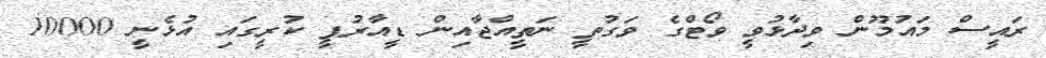
ރައީސް މައުމޫން ވިދާޅުވީ ވޯޓްގެ ވަގުތީ ނަތީއްޖާއިން ޑީއާރުޕީ ކުރީގައި އުޅެނީ 10000